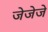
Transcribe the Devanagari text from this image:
जेजेजे